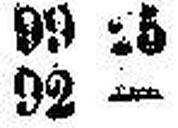
92 —